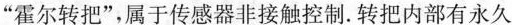
”霍尔转把”，属于传感器非接触控制。转把内部有永久